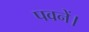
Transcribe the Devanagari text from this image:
पवनें।